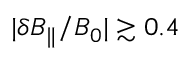
| \delta B _ { \parallel } / B _ { 0 } | \gtrsim 0 . 4